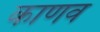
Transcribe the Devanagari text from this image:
काणव